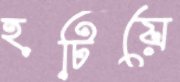
হটিয়ে